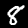
Digit: 8